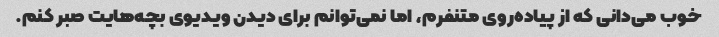
خوب می‌دانی که از پیاده‌روی متنفرم، اما نمی‌توانم برای دیدن ویدیوی بچه‌هایت صبر کنم.